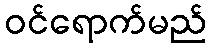
ဝင်ရောက်မည်